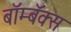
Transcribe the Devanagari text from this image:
बॉम्बॅक्स